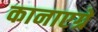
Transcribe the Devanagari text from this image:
कानाएग्रे